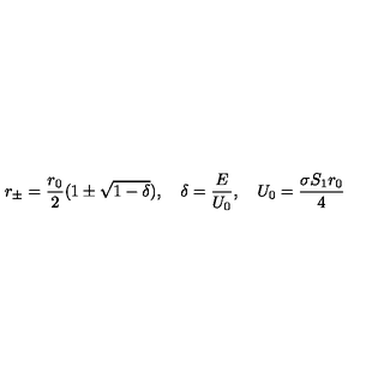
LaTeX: r _ { \pm } = \frac { r _ { 0 } } { 2 } ( 1 \pm \sqrt { 1 - \delta } ) , \quad \delta = \frac { E } { U _ { 0 } } , \quad U _ { 0 } = \frac { \sigma S _ { 1 } r _ { 0 } } { 4 }